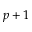
p + 1